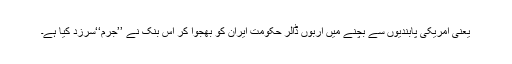
یعنی امریکی پابندیوں سے بچنے میں اربوں ڈالر حکومت ایران کو بھجوا کر اس بنک نے ’’جرم‘‘سرزد کیا ہے۔